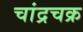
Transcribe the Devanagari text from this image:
चांद्रचक्र